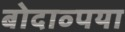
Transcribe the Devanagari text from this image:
बोदाव्पया